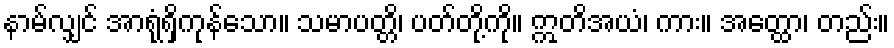
နာမ်လျှင် အာရုံရှိကုန်သော။ သမာပတ္တိ၊ ပတ်တို့ကို။ ဣတိအယံ၊ ကား။ အတ္ထော၊ တည်း။